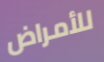
للأمراض